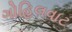
ગોહિલવાટ